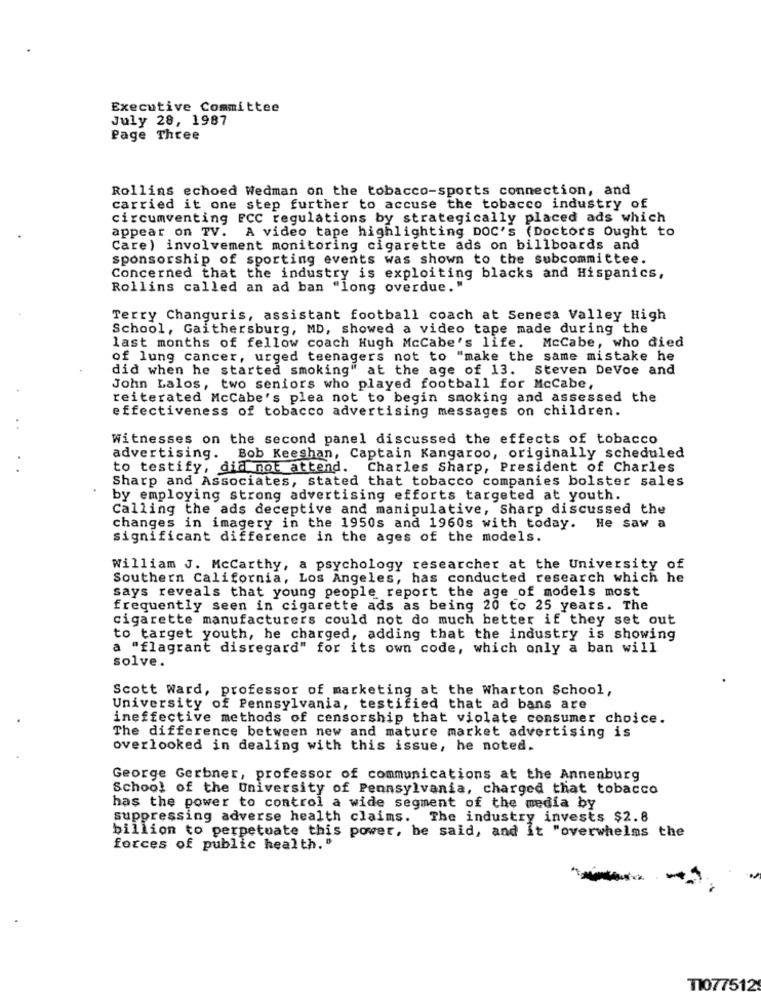
Executive Committee
July 28, 1987
Page Three
Rollins echoed Wedman on the tobacco-sports connection, and
carried it one step further to accuse the tobacco industry of
circumventing FCC regulations by strategically placed ads which
appear on TV. A video tape highlighting DOC's (Doctors Ought to
Care) involvement monitoring cigarette ads on billboards and
sponsorship of sporting events was shown to the subcommittee.
Concerned that the industry is exploiting blacks and Hispanics,
Rollins called an ad ban "long overdue."
Terry Changuris, assistant football coach at Seneca Valley High
School, Gaithersburg, MD, showed a video tape made during the
last months of fellow coach Hugh Mccabe's life. McCabe, who died
of lung cancer, urged teenagers not to "make the same mistake he
did when he started smoking" at the age of 13. Steven Devoe and
John Lalos, two seniors who played football for Mccabe,
reiterated Mccabe's plea not to begin smoking and assessed the
effectiveness of tobacco advertising messages on children.
Witnesses on the second panel discussed the effects of tobacco
advertising. Bob Keeshan, Captain Kangaroo, originally scheduled
to testify, did not attend. Charles Sharp, President of Charles
Sharp and Associates, stated that tobacco companies bolster sales
by employing strong advertising efforts targeted at youth.
Calling the ads deceptive and manipulative, Sharp discussed the
changes in imagery in the 1950s and 1960s with today. He saw a
significant difference in the ages of the models.
William J. Mccarthy, a psychology researcher at the University of
Southern California, Los Angeles, has conducted research which he
says reveals that young people report the age of models most
frequently seen in cigarette ads as being 20 to 25 years. The
cigarette manufacturers could not do much better if they set out
to target youth, he charged, adding that the industry is showing
a "flagrant disregard" for its own code, which only a ban will
solve.
Scott Ward, professor of marketing at the Wharton School,
University of Pennsylvania, testified that ad bans are
ineffective methods of censorship that violate consumer choice.
The difference between new and mature market advertising is
overlooked in dealing with this issue, he noted.
George Gerbner, professor of communications at the Annenburg
School of the University of Pennsylvania, charged that tobacco
has the power to control a wide segment of the media by
suppressing adverse health claims. The industry invests $2.8
billion to perpetuate this power, he said, and it "overwhelms the
forces of public health. "
T1077512